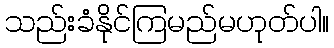
သည်းခံနိုင်ကြမည်မဟုတ်ပါ။